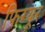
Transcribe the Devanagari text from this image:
फिग्यूर